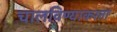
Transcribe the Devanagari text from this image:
चालविण्याकरता